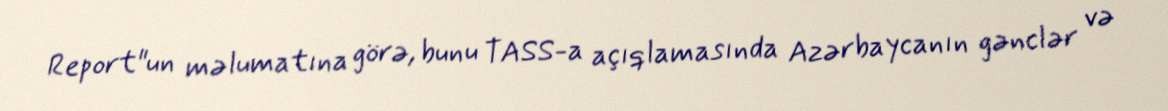
Report"un məlumatına görə, bunu TASS-a açıqlamasında Azərbaycanın gənclər və